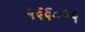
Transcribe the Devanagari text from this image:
५६६८५५